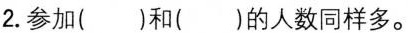
2.参加()和()的人数同样多。